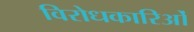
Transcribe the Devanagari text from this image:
विरोधकारिओं